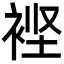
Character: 𮖃